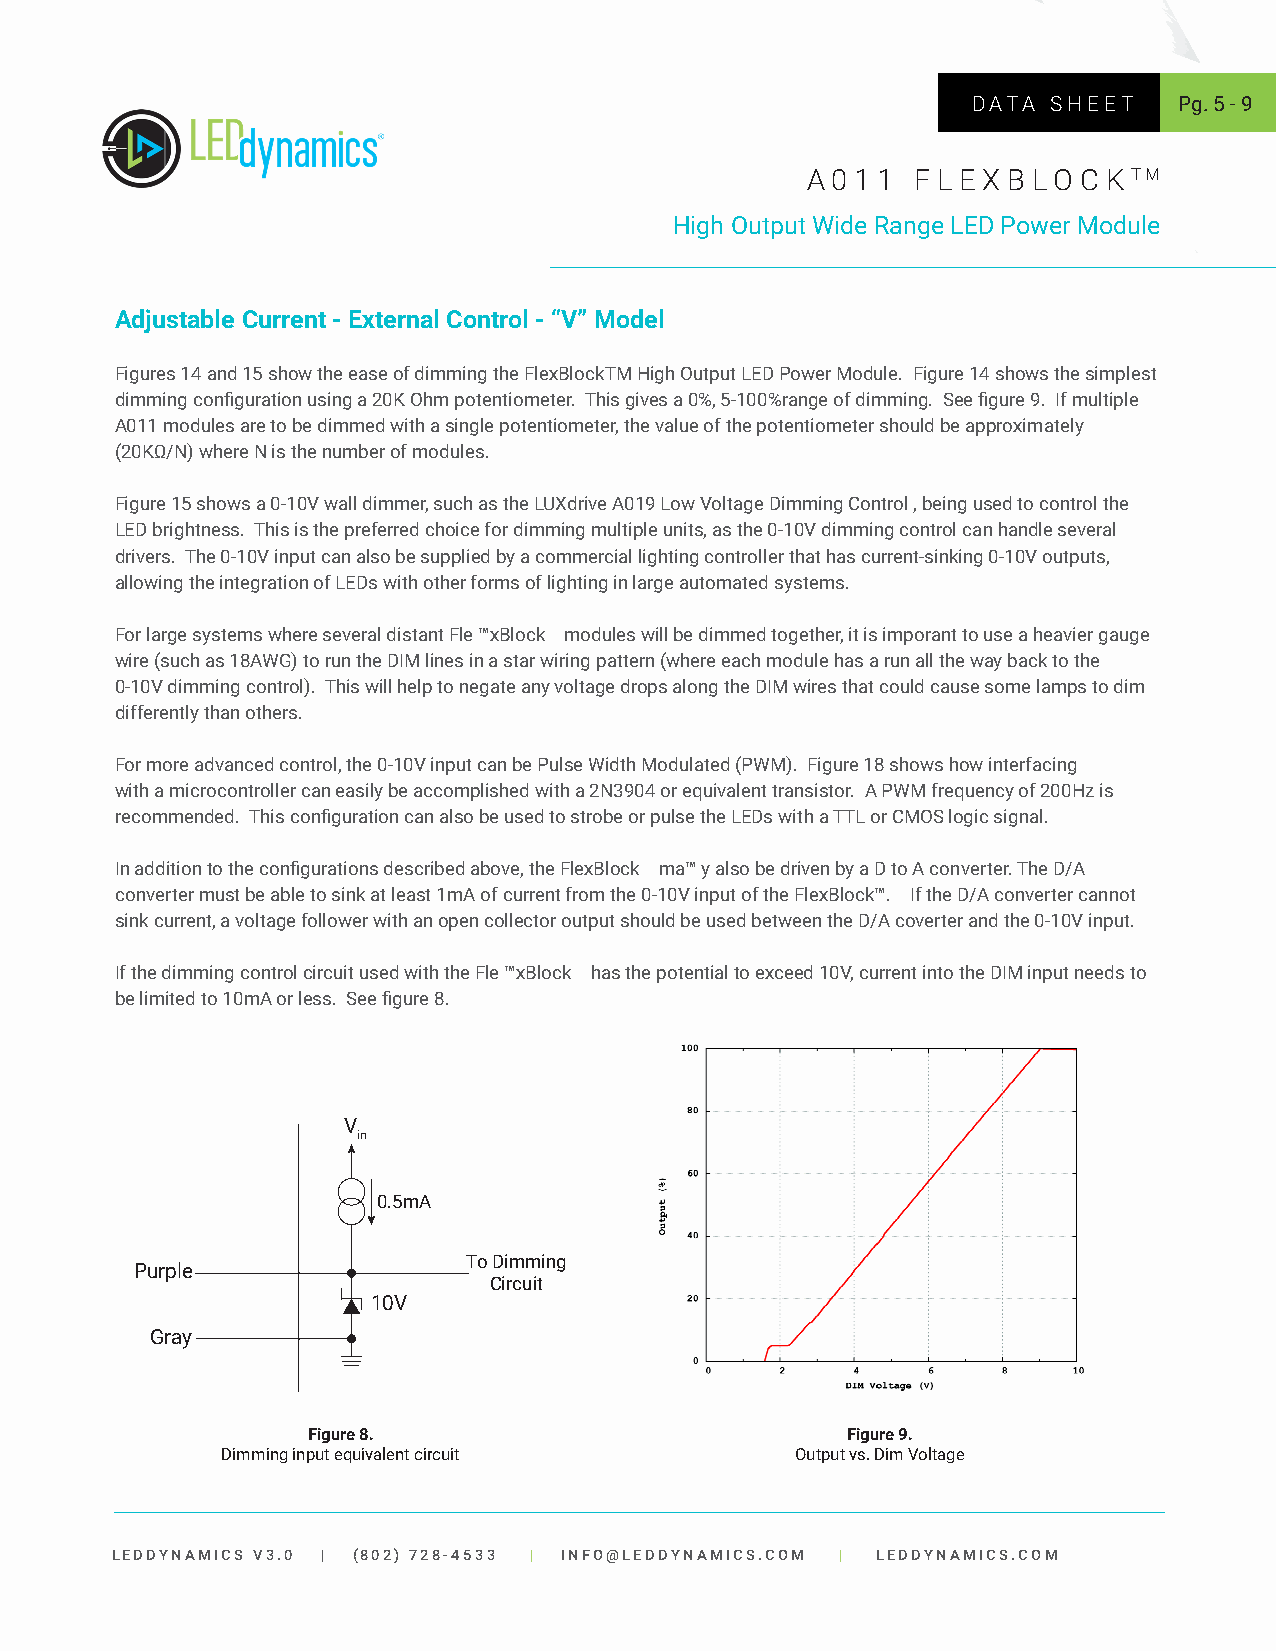
DATA  SHEET   Pg. 5 - 9
 A 0 1 1 F L E X B LO C K TM
 High Output Wide Range LED Power Module
 Adjustable Current - External Control - “V” Model
 Figures 14 and 15 show the ease of dimming the FlexBlockTM High Output LED Power Module. Figure 14 shows the simplest
 dimming configuration using a 20K Ohm potentiometer. This gives a 0%, 5-100%range of dimming. See figure 9. If multiple
 A011 modules are to be dimmed with a single potentiometer, the value of the potentiometer should be approximately
 (20KΩ/N) where N is the number of modules.
 Figure 15 shows a 0-10V wall dimmer, such as the LUXdrive A019 Low Voltage Dimming Control , being used to control the
 LED brightness. This is the preferred choice for dimming multiple units, as the 0-10V dimming control can handle several
 drivers. The 0-10V input can also be supplied by a commercial lighting controller that has current-sinking 0-10V outputs,
 allowing the integration of LEDs with other forms of lighting in large automated systems.
 For large systems where several distant Fle ™xBlock modules will be dimmed together, it is imporant to use a heavier gauge
 wire (such as 18AWG) to run the DIM lines in a star wiring pattern (where each module has a run all the way back to the
 0-10V dimming control). This will help to negate any voltage drops along the DIM wires that could cause some lamps to dim
 differently than others.
 For more advanced control, the 0-10V input can be Pulse Width Modulated (PWM). Figure 18 shows how interfacing
 with a microcontroller can easily be accomplished with a 2N3904 or equivalent transistor. A PWM frequency of 200Hz is
 recommended. This configuration can also be used to strobe or pulse the LEDs with a TTL or CMOS logic signal.
 In addition to the configurations described above, the FlexBlock ma™ y also be driven by a D to A converter. The D/A
 converter must be able to sink at least 1mA of current from the 0-10V input of the FlexBlock™. If the D/A converter cannot
 sink current, a voltage follower with an open collector output should be used between the D/A coverter and the 0-10V input.
 If the dimming control circuit used with the Fle ™xBlock has the potential to exceed 10V, current into the DIM input needs to
 be limited to 10mA or less. See figure 8.
 V
 in
 0.5mA
 To Dimming
 Purple
 Circuit
 10V
 Gray
 Figure 8.                           Figure 9.
 Dimming input equivalent circuit      Output vs. Dim Voltage
 LEDDYNAMICS V3.0 | (802) 728-4533 | INFO@LEDDYNAMICS.COM | LEDDYNAMICS.COM